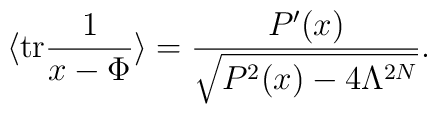
\langle \mathrm{tr}\frac{1}{x-\Phi}\rangle = \frac{P'(x)}{\sqrt{P^2(x)-4\Lambda^{2N}}}.